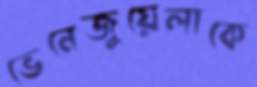
ভেনেজুয়েলাকে